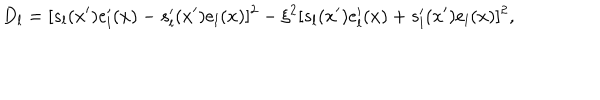
LaTeX: D _ { l } = [ s _ { l } ( x ^ { \prime } ) e _ { l } ^ { \prime } ( x ) - s _ { l } ^ { \prime } ( x ^ { \prime } ) e _ { l } ( x ) ] ^ { 2 } - \xi ^ { 2 } [ s _ { l } ( x ^ { \prime } ) e _ { l } ^ { \prime } ( x ) + s _ { l } ^ { \prime } ( x ^ { \prime } ) e _ { l } ( x ) ] ^ { 2 } ,